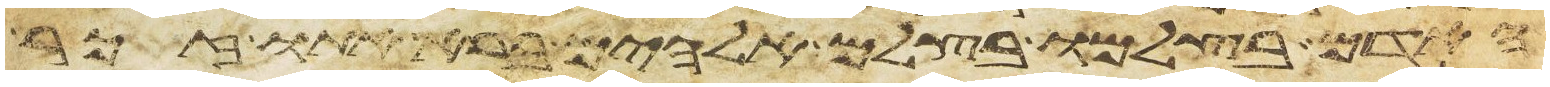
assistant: האדם בצלמו בצלם אלהים ברא אתו זכר